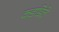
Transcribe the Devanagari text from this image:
कडाडिले